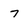
Character: 7